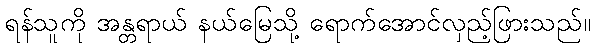
ရန်သူကို အန္တရာယ် နယ်မြေသို့ ရောက်အောင်လှည့်ဖြားသည်။